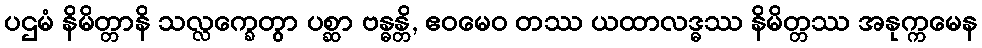
ပဌမံ နိမိတ္တာနိ သလ္လက္ခေတွာ ပစ္ဆာ ဗန္ဓန္တိ, ဧဝမေဝ တဿ ယထာလဒ္ဓဿ နိမိတ္တဿ အနုက္ကမေန